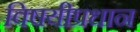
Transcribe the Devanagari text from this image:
विषयीप्रधान